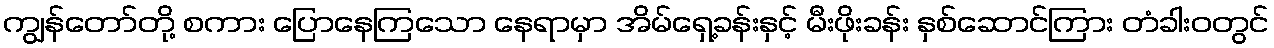
ကျွန်တော်တို့ စကား ပြောနေကြသော နေရာမှာ အိမ်ရှေ့ခန်းနှင့် မီးဖိုးခန်း နှစ်ဆောင်ကြား တံခါးဝတွင်